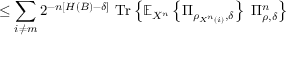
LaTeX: \leq \sum _ { i \neq m } 2 ^ { - n \left[ H \left( B \right) - \delta \right] } \ { \mathrm { T r } } \left\{ \mathbb { E } _ { X ^ { n } } \left\{ \Pi _ { \rho _ { X ^ { n } \left( i \right) } , \delta } \right\} \ \Pi _ { \rho , \delta } ^ { n } \right\}